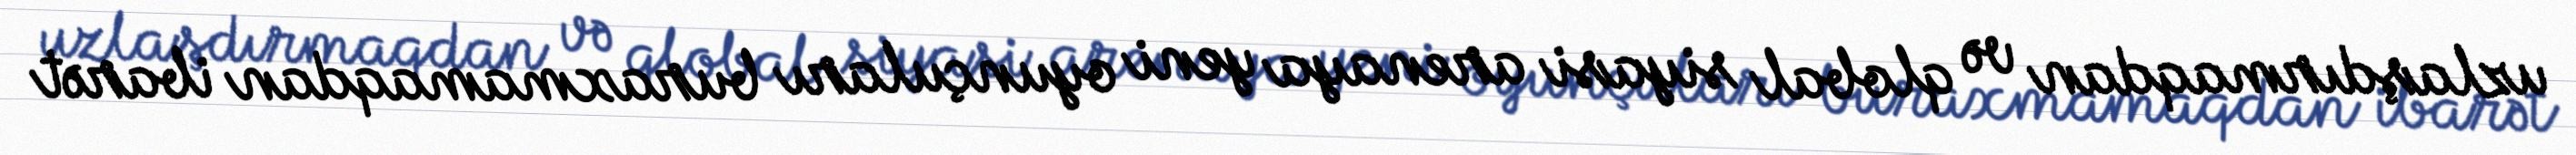
uzlaşdırmaqdan və qlobal siyasi arenaya yeni oyunçuları buraxmamaqdan ibarət